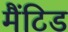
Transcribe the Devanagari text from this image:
मैंटिड